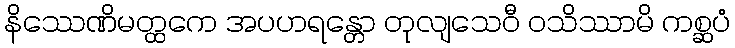
နိဿေဏိမတ္ထကေ အပဟရန္တော တုလျသေဝီ ဝသိဿာမိ ကစ္ဆပံ